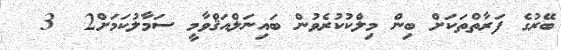
ބޭރުގެ ފަރާތްތަކަށް ބިން މިލްކުކުރެވުން ބައިނަލްއަޤްވާމީ ސަމާލުކަމަށް2  3